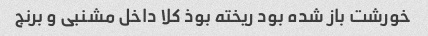
خورشت باز شده بود ریخته بوذ کلا داخل مشنبى و برنج